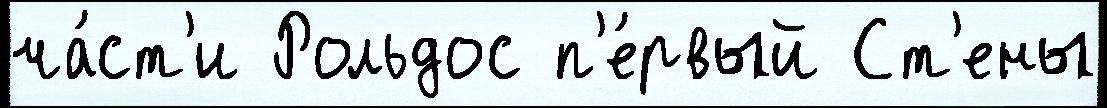
ча́ст'и Рольдос п'е́рвый Ст'ены